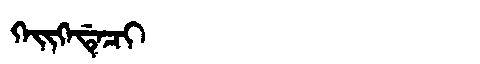
Manchu: ᡴᡝᡳᡴᡝᡩᡝᠴᡳ
Romanization: KEIKEDECI